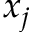
x _ { j }